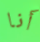
أنا